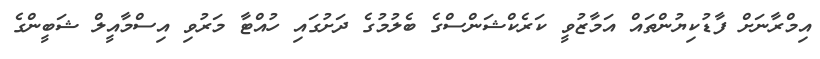
އިމްރާނަށް ފާޑުކިޔުންތައް އަމާޒުވީ ކަރެކްޝަންސްގެ ބެލުމުގެ ދަށުގައި ހުއްޓާ މަރުވި އިސްމާއީލް ޝަބީންގެ